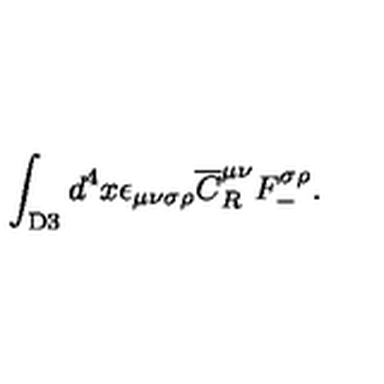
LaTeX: \int _ { \mathrm { D 3 } } d ^ { 4 } x \epsilon _ { \mu \nu \sigma \rho } { \overline { C } } _ { R } ^ { \mu \nu } F _ { - } ^ { \sigma \rho } .